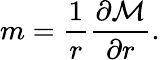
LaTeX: m=\frac{1}{r}\frac{\partial\mathcal{M}}{\partial r}.